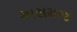
અસમજ